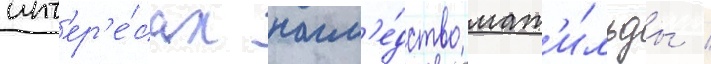
инт'ер'е́сах насл'е́дство мат'и́льды /